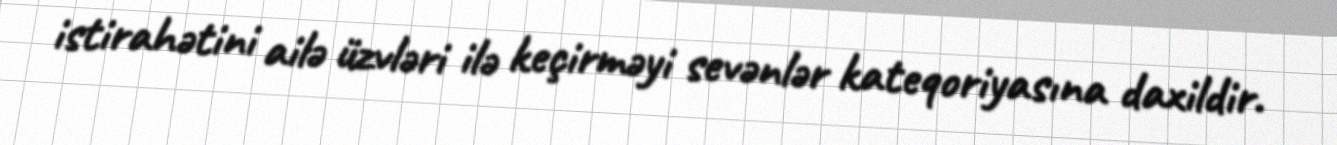
istirahətini ailə üzvləri ilə keçirməyi sevənlər kateqoriyasına daxildir.